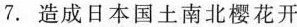
7.造成日本国土南北樱花开